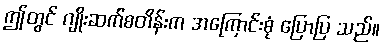
ဤတွင် ဂျိုးဆက်စတိန်းက အကြောင်းစုံ ပြောပြ သည်။